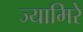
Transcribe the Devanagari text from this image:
ज्यामिरे